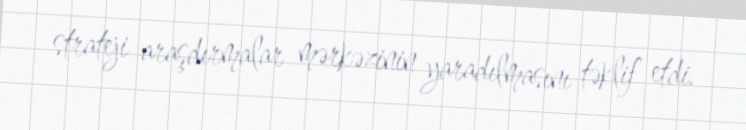
strateji araşdırmalar mərkəzinin yaradılmasını təklif etdi.